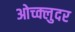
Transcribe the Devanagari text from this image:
ओच्क्लुदर